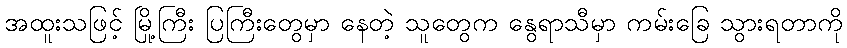
အထူးသဖြင့် မြို့ကြီး ပြကြီးတွေမှာ နေတဲ့ သူတွေက နွေရာသီမှာ ကမ်းခြေ သွားရတာကို